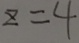
z = 4